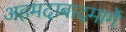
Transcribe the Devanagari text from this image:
अहमदाबादमार्गे